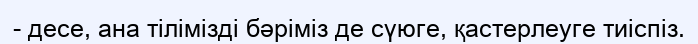
- десе, ана тілімізді бәріміз де сүюге, қастерлеуге тиіспіз.